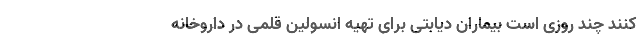
کنند چند روزی است بیماران دیابتی برای تهیه انسولین قلمی در داروخانه